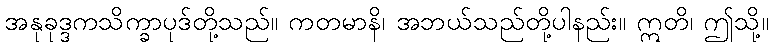
အနုခုဒ္ဒကသိက္ခာပုဒ်တို့သည်။ ကတမာနိ၊ အဘယ်သည်တို့ပါနည်း။ ဣတိ၊ ဤသို့။